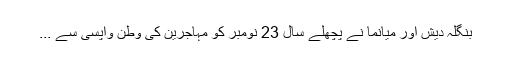
بنگلہ دیش اور میانما نے پچھلے سال 23 نومبر کو مہاجرین کی وطن واپسی سے ...